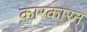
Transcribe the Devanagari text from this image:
कारकारन